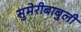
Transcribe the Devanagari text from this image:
सुमेरीबाबुली